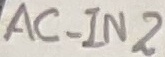
Text: AC_IN2